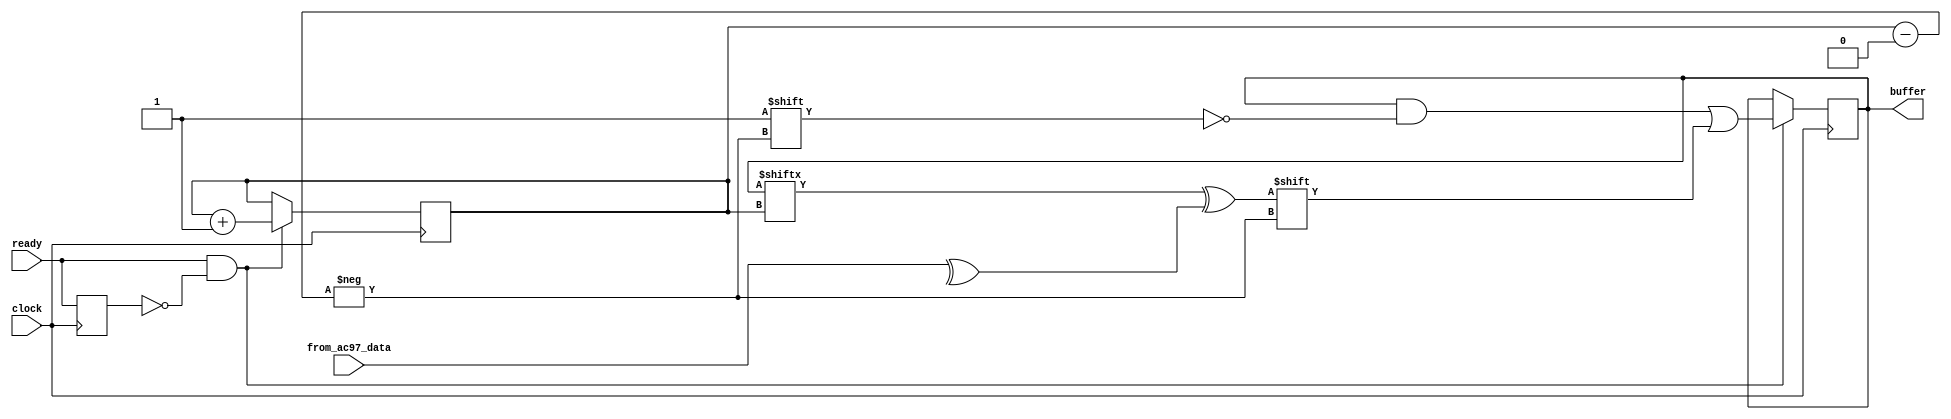
`timescale 1ns / 1ps
//////////////////////////////////////////////////////////////////////////////////
// Company: 
// Engineer: 
// 
// Design Name: 
// Module Name:    randomnessExtractor 
// Project Name: 
// Target Devices: 
// Tool versions: 
// Description: 
//
// Dependencies: 
//
// Revision: 
// Revision 0.01 - File Created
// Additional Comments: 
//
//////////////////////////////////////////////////////////////////////////////////
module randomnessExtractor #(parameter WIDTH=9) (
	 input wire clock,
    input wire [WIDTH-1:0] from_ac97_data,
    input wire ready,
    output reg [255:0] buffer = 0
    );
	 
	 parameter BUFFER_LOGSIZE = 8;
	 
	 reg [BUFFER_LOGSIZE-1:0] buffer_index_counter = 0;
	 reg old_ready;
	 
	 always @(posedge clock) begin
		  if (ready & (~old_ready)) begin
				 buffer[buffer_index_counter] <= buffer[buffer_index_counter] ^ (^from_ac97_data);
				 buffer_index_counter <= buffer_index_counter + 1;
		  end
		  
		  old_ready <= ready;
	 end

endmodule